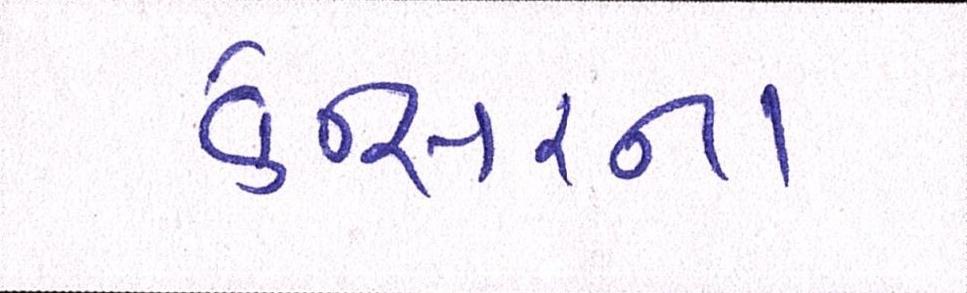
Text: કેન્સરના